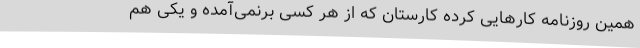
همین روزنامه کارهایی کرده کارستان که از هر کسی برنمی‌آمده و یکی هم